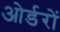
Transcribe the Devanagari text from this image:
ओर्डरों